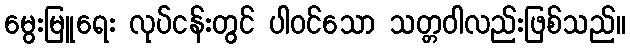
မွေးမြူရေး လုပ်ငန်းတွင် ပါဝင်သော သတ္တဝါလည်းဖြစ်သည်။